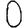
Digit: 0